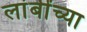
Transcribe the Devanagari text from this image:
लांबींच्या